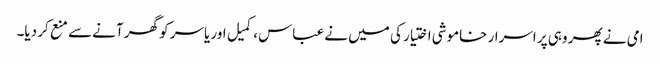
امی نے پھر وہی پر اسرار خاموشی اختیار کی میں نے عباس، کمیل اور یاسر کو گھر آنے سے منع کر دیا۔